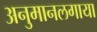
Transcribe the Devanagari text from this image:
अनुमानलगाया